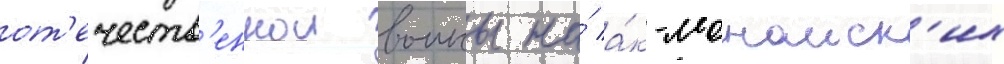
от'ечеств'еннои воины на́ а́к-монаиск'их